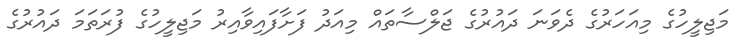
މަޖިލީހުގެ މިއަހަރުގެ ދެވަނަ ދައުރުގެ ޖަލްސާތައް މިއަދު ފަށާފައިވާއިރު މަޖިލީހުގެ ފުރަތަމަ ދައުރުގެ